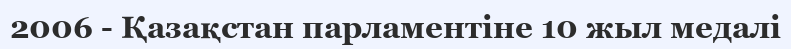
2006 - Қазақстан парламентіне 10 жыл медалі